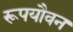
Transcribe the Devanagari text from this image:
रूपयौवन